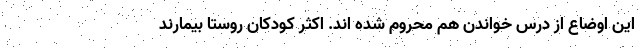
این اوضاع از درس خواندن هم محروم شده اند. اکثر کودکان روستا بیمارند